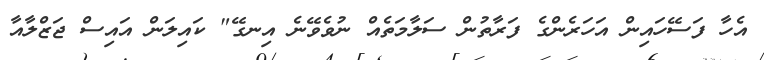
އެހާ ފަސޭހައިން އަހަރެންގެ ފަރާތުން ސަލާމަތެއް ނުވެވޭނެ އިނގޭ" ކައިލަން އައިސް ޖަޒްލާއާ